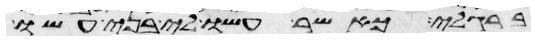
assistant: ברגלי כאשר עשו לי בני עשו